Jaan_Tonisson_(Lasteleht), lk 100
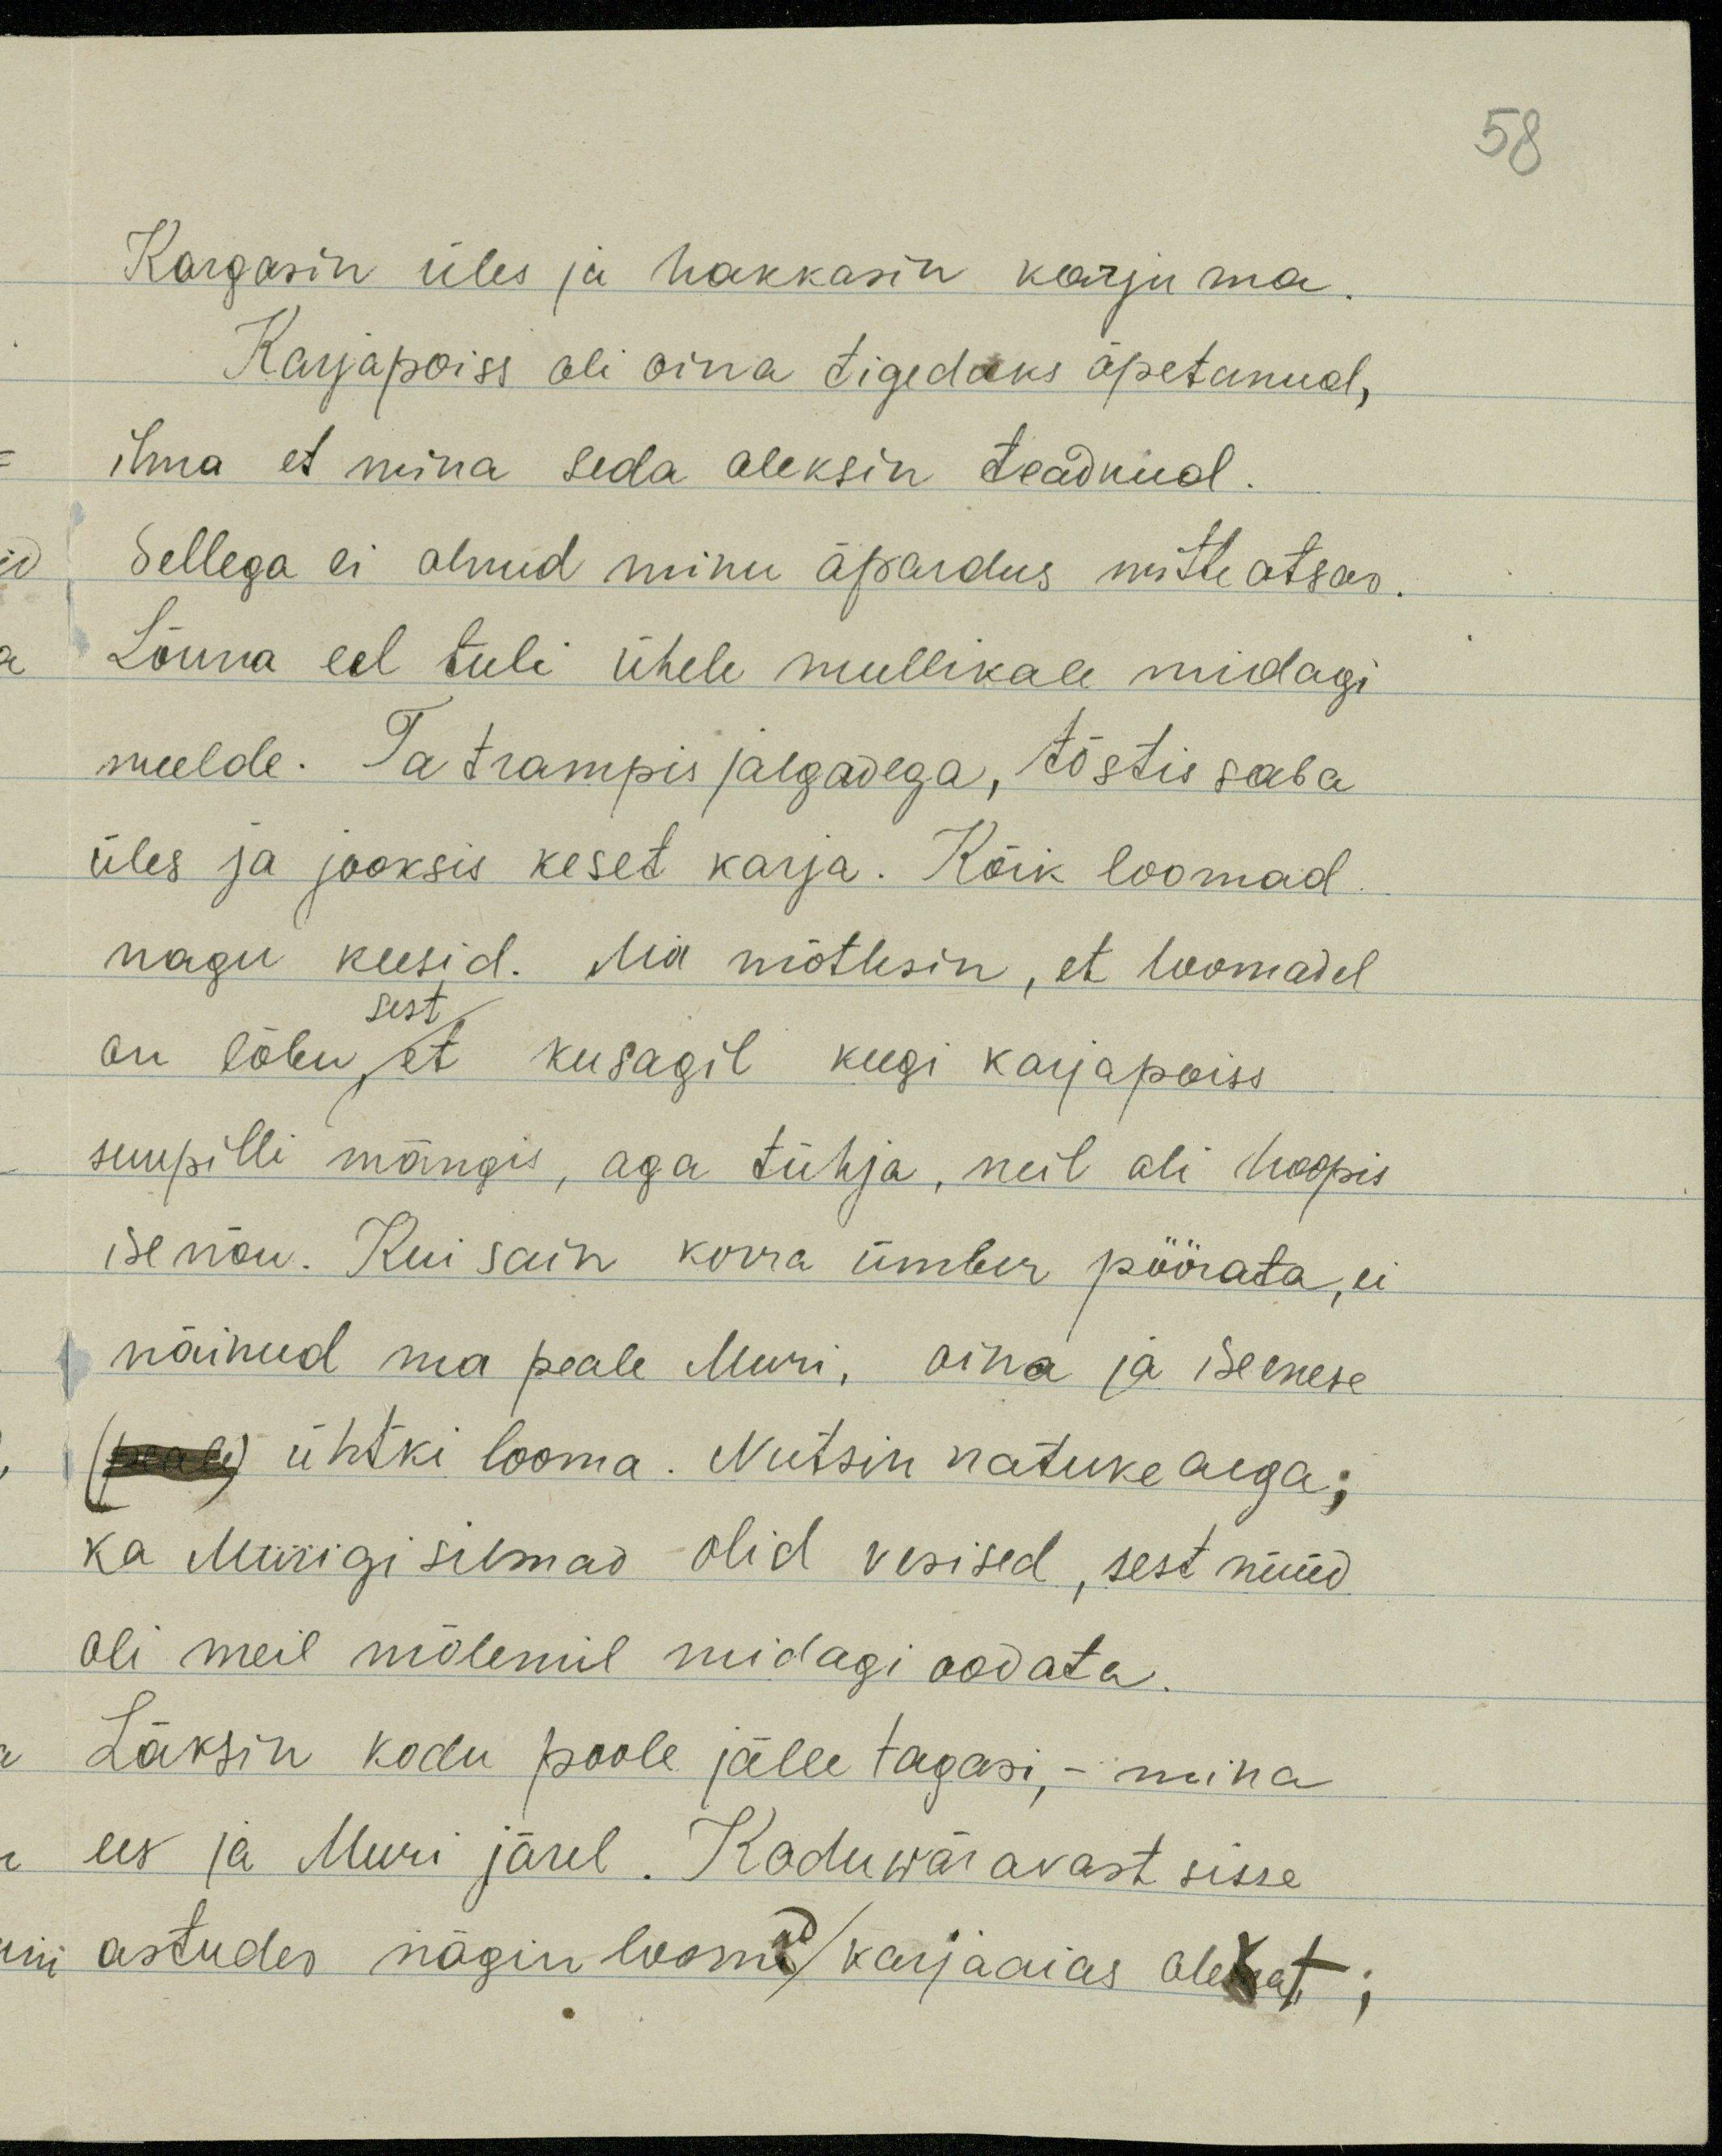
58

Kargasin üles ja hakkasin karjuma
Karjapoiss oli oina tigedaks õpetanud,
ilma et mina seda oleksin teadnud.
Sellega ei olnud minu äpardus mitte otsas.
Lõuna eel tuli ühele mullikale midagi
meelde. Ta trampis jalgadega, tõstis saba
üles ja jooksis keset karja. Kõik loomad
nagu keesid. Ma mõtlesin, et loomadel
sest
on lõbu, et kusagil keegi karjapoiss
suupilli mängis, aga tühja, neil oli hoopis
isenõu. Kui sain korra ümber pöörata, ei
näinud ma peale Muri, oina ja iseenese
(peale) ühtki looma. Nutsin natuke aega;
ka Murigi silmad olid vesised, sest nüüd
oli meil mõlemil midagi oodata.
Läksin kodu poole jälle tagasi,- mina
ees ja Muri järel. Koduwäravast sisse
astudes nägin loomad karjaaias olevat;